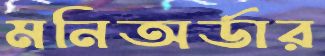
মনিঅর্ডার